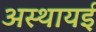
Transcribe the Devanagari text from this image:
अस्थायई